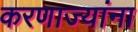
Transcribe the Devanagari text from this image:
करणाज्यांना